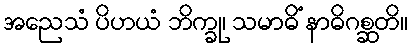
အညေသံ ပိဟယံ ဘိက္ခု၊ သမာဓိံ နာဓိဂစ္ဆတိ။